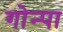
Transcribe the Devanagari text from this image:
गोन्पा